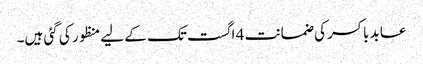
عابد باکسر کی ضمانت 4 اگست تک کے لیے منظور کی گئی ہیں۔